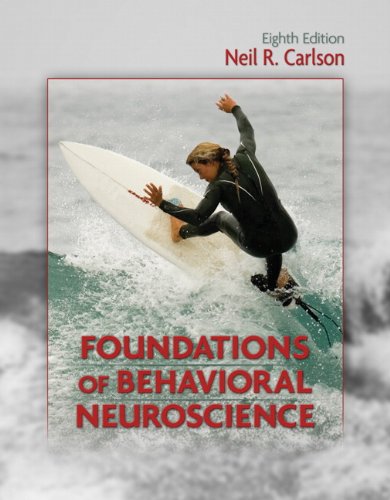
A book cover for Foundations of Behavioral Neuroscience (8th Edition); Neil R. Carlson; Medical Books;